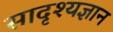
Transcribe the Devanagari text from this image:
सादृश्यज्ञान